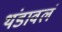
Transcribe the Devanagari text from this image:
थंडावलं